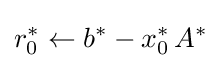
r_{0}^{*}\leftarrow b^{*}-x_{0}^{*}\,A^{*}